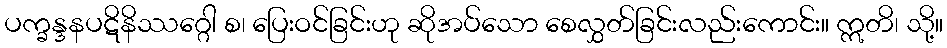
ပက္ခန္ဒနပဋိနိဿဂ္ဂေါ စ၊ ပြေးဝင်ခြင်းဟု ဆိုအပ်သော စေလွှတ်ခြင်းလည်းကောင်း။ ဣတိ၊ သို့။